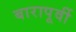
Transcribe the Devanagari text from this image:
बारापूर्वी